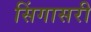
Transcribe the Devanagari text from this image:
सिंगासरी